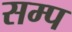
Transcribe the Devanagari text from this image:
सम्प